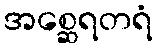
အစ္ဆေရတရံ